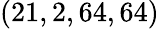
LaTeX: (21,2,64,64)